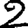
Digit: 2